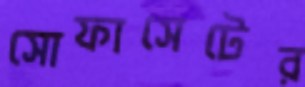
সোফাসেটের